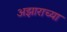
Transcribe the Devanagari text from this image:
अझाराच्या